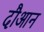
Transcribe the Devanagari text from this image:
दौआन